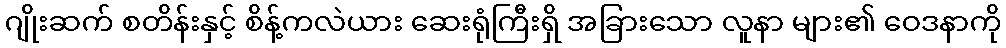
ဂျိုးဆက် စတိန်းနှင့် စိန့်ကလဲယား ဆေးရုံကြီးရှိ အခြားသော လူနာ များ၏ ဝေဒနာကို